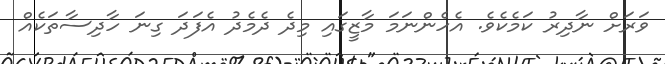
ވަރަށް ނާދިރު ކަމެކެވެ. އެހެންނަމަ މާޒީގައި މިދެ ދެމެދު އެފަދަ ގިނަ ހާދިސާތަކެއް